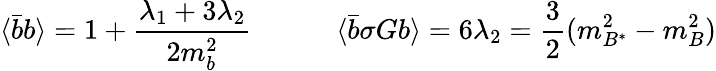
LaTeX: \langle\bar{b}b\rangle=1+\frac{{\lambda_{1}}+3{\lambda_{2}}}{2m_{b}^{2}}\qquad\quad\langle\bar{b}\sigma Gb\rangle=6{\lambda_{2}}=\frac{3}{2}(m_{B^{*}}^{2}-m_{B}^{2})